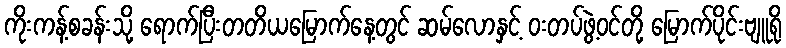
ကိုးကန့်စခန်းသို့ ရောက်ပြီးတတိယမြောက်နေ့တွင် ဆမ်လောနှင့် ဝးတပ်ဖွဲ့ဝင်တို့ မြောက်ပိုင်းဗျူရို